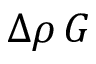
\Delta \rho \, G